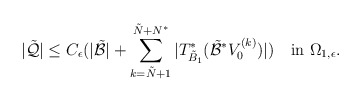
\begin{align*}\vert\tilde{ \mathcal Q}\vert\le C_\epsilon(\vert\tilde{\mathcal B}\vert+\sum_{k=\tilde N+1}^{\tilde N+N^*}\vert T^*_{\tilde B_1}(\tilde{\mathcal B}^*V_0^{(k)})\vert)\quad\mbox{in}\,\,\Omega_{1,\epsilon}.\end{align*}